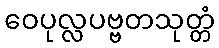
ဝေပုလ္လပဗ္ဗတသုတ္တံ